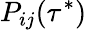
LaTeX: P_{ij}(\tau^{*})